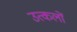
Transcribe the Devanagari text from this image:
उत्कलों